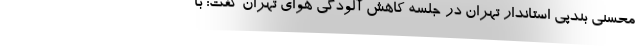
محسنی بندپی استاندار تهران در جلسه کاهش آلودگی هوای تهران گفت: با